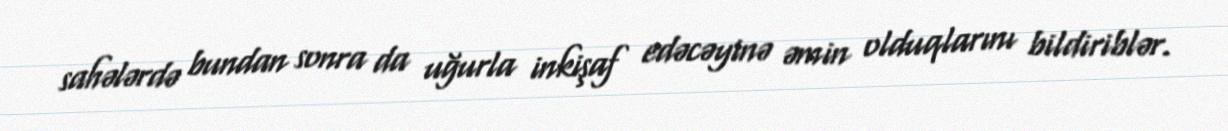
sahələrdə bundan sonra da uğurla inkişaf edəcəyinə əmin olduqlarını bildiriblər.